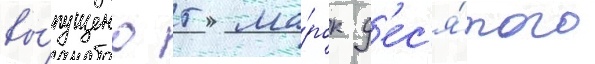
вы́пущено 5 ма́рок д'ес'я́того